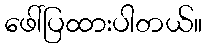
ဖေါ်ပြထားပါတယ်။